Madras plague regulations in force outside the Presidency town - Volume 1
Disease focus: Plague
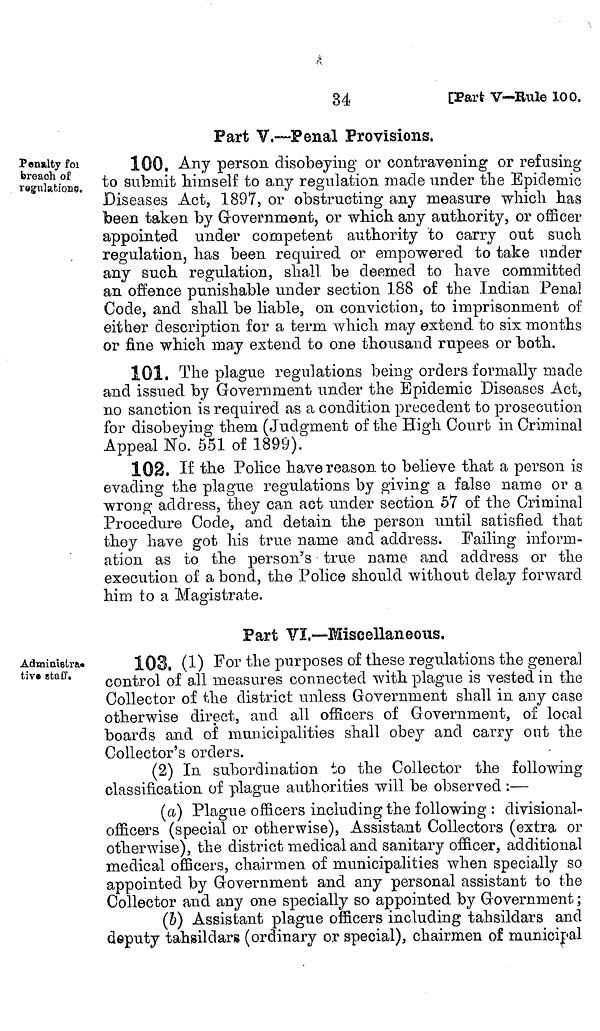
34
[Part V—Rule 100.
Part V.—Penal Provisions.
Penalty foi
breach of
ragulations.
100. Any person disobeying or contravening or refusing
to submit himself to any regulation made under the Epidemic
Diseases Act, 1897, or obstructing any measure which, has
been taken by Government, or which any authority, or officer
appointed under competent authority to carry out such
regulation, has been required or empowered to take under
any such regulation, shall be deemed to have committed
an offence punishable under section 188 of the Indian Penal
Code, and shall be liable, on conviction, to imprisonment of
either description for a term which may extend to six months
or fine which may extend to one thousand rupees or both.
101. The plague regulations being orders formally made
and issued by Government under the Epidemic Diseases Act,
no sanction is required as a condition precedent to prosecution
for disobeying them (Judgment of the High Court in Criminal
Appeal No. 551 of 1899).
102. If the Police have reason to believe that a person is
evading the plague regulations by giving a false name or a
wrong address, they can act under section 57 of the Criminal
Procedure Code, and detain the person until satisfied that
they have got his true name and address. Failing inform-
ation as to the person's true name and address or the
execution of a bond, the Police should without delay forward
him to a Magistrate.
Part VI,-—Miscellaneous.
Administra
tive staff.
103. (1) For the purposes of these regulations the general
control of all measures connected with plague is vested in the
Collector of the district unless Government shall in any case
otherwise direct, and all officers of Government, of local
boards and of municipalities shall obey and carry out the
Collector's orders.
(2) In subordination to the Collector the following
classification of plague authorities will be observed :—
(a) Plague officers including the following : divisional-
officers (special or otherwise), Assistant Collectors (extra or
otherwise), the district medical and sanitary officer, additional
medical officers, chairmen of municipalities when specially so
appointed by Government and any personal assistant to the
Collector and any one specially so appointed by Government ;
(6) Assistant plague officers including tahsildars and
deputy tahsildars (ordinary or special), chairmen of municipal